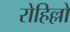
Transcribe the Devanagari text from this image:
रोहिल्लो